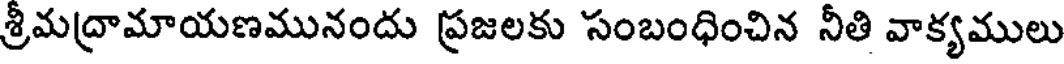
శ్రీమద్రామాయణమునందు ప్రజలకు సంబంధించిన నీతి వాక్యములు